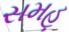
સમહૂ